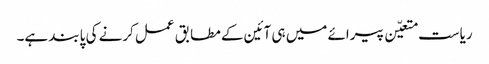
ریاست متعیّن پیرائے میں ہی آئین کے مطابق عمل کرنے کی پابند ہے۔